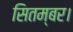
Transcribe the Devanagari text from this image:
सितम्बर।